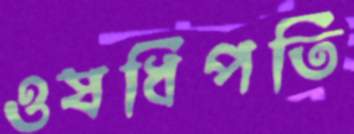
ওষধিপতি